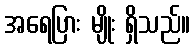
အရေပြား မျိုး ရှိသည်။